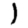
Digit: 1